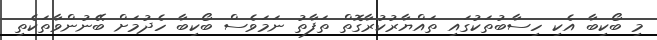
މި ބޯކިބާ އެކި ހިސާބުތަކުގައި ތައްޔާރުކުރާގޮތް ތަފާތު ނަމަވެސް ބޯކިބާ ހެދުމަށް ބޭނުންވާތަކެތި